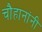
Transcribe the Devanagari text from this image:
चाैहानांनी